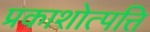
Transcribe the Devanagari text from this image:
प्रकाशोत्पत्ति